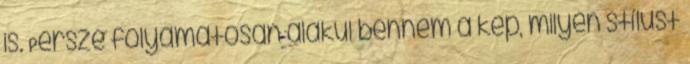
is. Persze folyamatosan alakul bennem a kép, milyen stílust